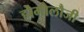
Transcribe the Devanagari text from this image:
होमोलौजी